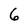
Character: 6